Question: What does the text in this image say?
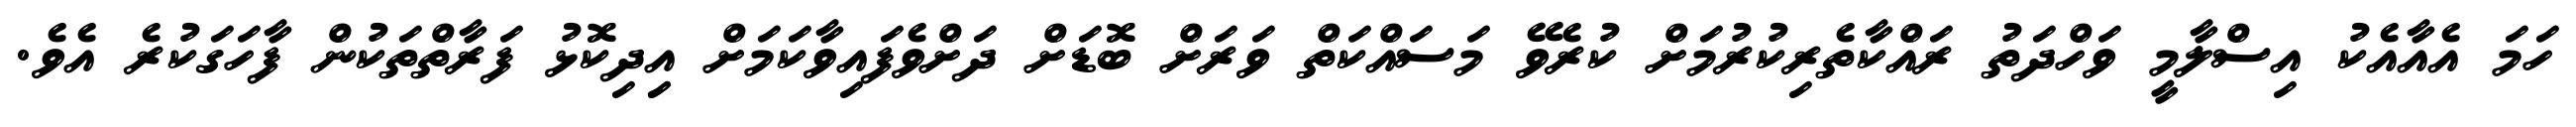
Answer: ހަމަ އެއާއެކު އިސްލާމީ ވަހްދަތު ރައްކާތެރިކުރުމަށް ކުރެވޭ މަސައްކަތް ވަރަށް ބޮޑަށް ދަށްވެފައިވާކަމަށް އިިދިކޮޅު ފަރާތްތަކުން ފާހަގަކުރެ އެވެ.